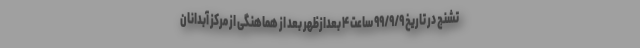
تشنج در تاریخ ۹۹/۹/۹ ساعت ۴ بعدازظهر بعد از هماهنگی از مرکز آبدانان